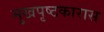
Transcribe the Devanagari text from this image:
मुखपृष्ठकारास